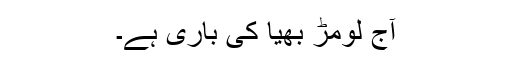
آج لومڑ بھیّا کی باری ہے۔